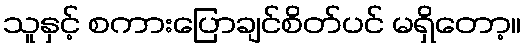
သူနှင့် စကားပြောချင်စိတ်ပင် မရှိတော့။